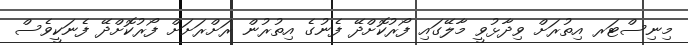
މިނިސްޓަރ އިތުރަށް ވިދާޅުވީ މާލޭގައި ފޯރުކޮށްދޭ ފެނުގެ އިތުރުން ރަށްރަށަށް ފޯރުކޮށްދޭ ފެނަކީވެސް